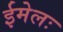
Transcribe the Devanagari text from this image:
ईमेलः